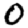
Digit: 0